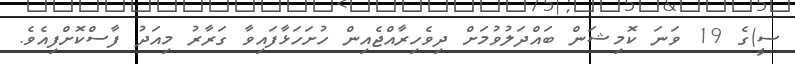
ސީ)ގެ 19 ވަނަ ކޮމިޝަން ބައްދަލުވުމަށް ދިވެހިރާއްޖެއިން ހުށަހަޅާފައިވާ ގަރާރު މިއަދު ފާސްކޮށްފިއެވެ.